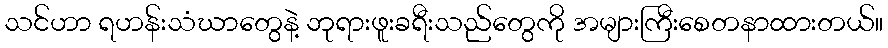
သင်ဟာ ရဟန်းသံဃာတွေနဲ့ ဘုရားဖူးခရီးသည်တွေကို အများကြီးစေတနာထားတယ်။